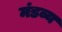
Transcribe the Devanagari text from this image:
मंडव्य